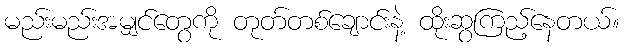
မည်းမည်းအမျှင်တွေကို တုတ်တစ်ချောင်းနဲ့ ထိုးဆွကြည့်နေတယ်။